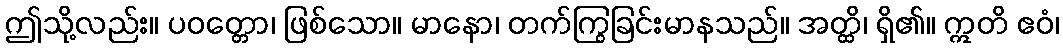
ဤသို့လည်း။ ပဝတ္တော၊ ဖြစ်သော။ မာနော၊ တက်ကြွခြင်းမာနသည်။ အတ္ထိ၊ ရှိ၏။ ဣတိ ဧဝံ၊